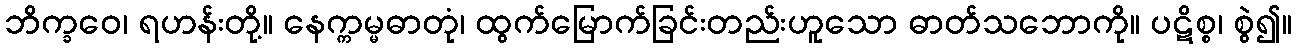
ဘိက္ခဝေ၊ ရဟန်းတို့။ နေက္ကမ္မဓာတုံ၊ ထွက်မြောက်ခြင်းတည်းဟူသော ဓာတ်သဘောကို။ ပဋိစ္စ၊ စွဲ၍။